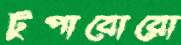
টুপাবোরো